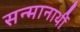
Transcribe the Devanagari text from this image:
सन्मानार्थी